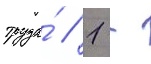
труда́ / 1 -